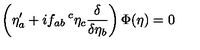
\left( \eta _ { a } ^ { \prime } + i f _ { a b } \! \! { \phantom { \eta } } ^ { c } \eta _ { c } \frac { \delta } { \delta \eta _ { b } } \right) \Phi ( \eta ) = 0